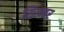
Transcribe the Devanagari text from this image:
सित्म्बर